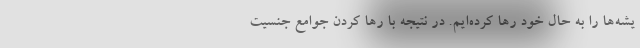
یشه‌ها را به حال خود رها کرده‌ایم. در نتیجه با رها کردن جوامع جنسیت